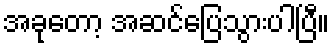
အခုတော့ အဆင်ပြေသွားပါပြီ။